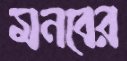
মনবের